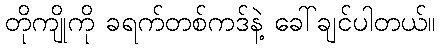
တိုကျိုကို ခရက်တစ်ကဒ်နဲ့ ခေါ်ချင်ပါတယ်။